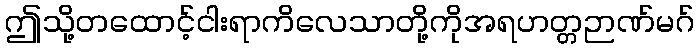
ဤသို့တထောင့်ငါးရာကိလေသာတို့ကိုအရဟတ္တဉာဏ်မဂ်